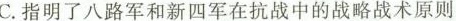
C.指明了八路军和新四军在抗战中的战略战术原则